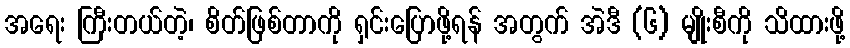
အရေး ကြီးတယ်တဲ့၊ စိတ်ဖြစ်တာကို ရှင်းပြောဖို့ရန် အတွက် အဲဒီ (၆) မျိုးစီကို သိထားဖို့